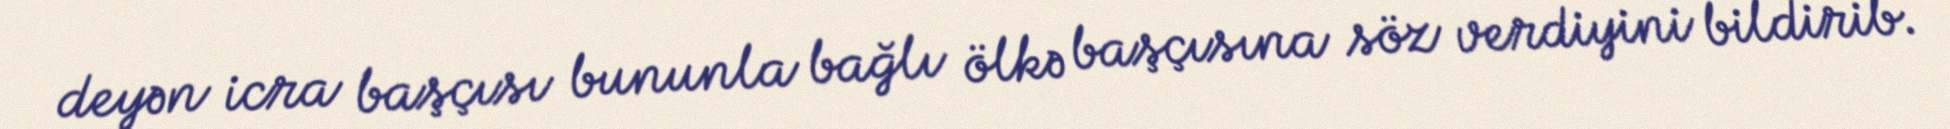
deyən icra başçısı bununla bağlı ölkə başçısına söz verdiyini bildirib.